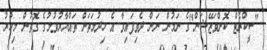
"ސީކްރެޓް ކޮންވަޒޭޝަން"ގެ ނަމުން ނަން ދެވިފައިވާ އެ ހިދުމަތަށް ތައްޔާރުވުމުގެ ގޮތުން މިހާރު